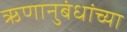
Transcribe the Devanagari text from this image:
ऋणानुबंधांच्या